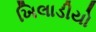
ખિલાડીયો